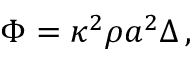
\Phi = \kappa ^ { 2 } \rho a ^ { 2 } \Delta \, ,